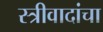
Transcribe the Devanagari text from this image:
स्त्रीवादांचा